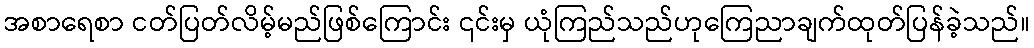
အစာရေစာ ငတ်ပြတ်လိမ့်မည်ဖြစ်ကြောင်း ၎င်းမှ ယုံကြည်သည်ဟုကြေညာချက်ထုတ်ပြန်ခဲ့သည်။